Vaccination returns of the Province of Eastern Bengal and Assam - 1905-1912
Year: 1905
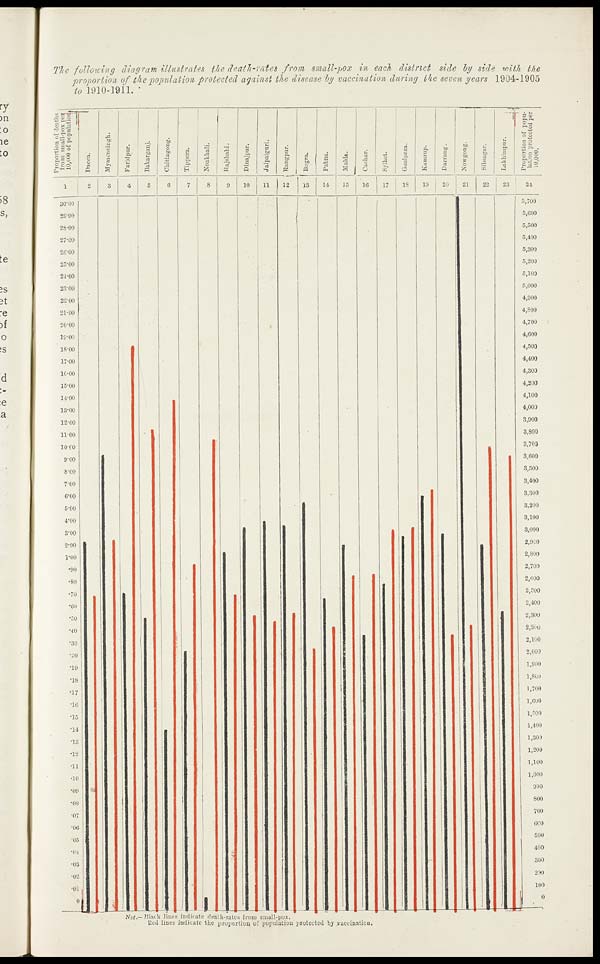
The following diagram illustrates the death-rates from small-pox in each district side by side with the
proportion of the population protected against the disease by vaccination during the seven years 1904-1905
to 1910-1911.
Not.— Black lines indicate death-rates from small-pox.
Red lines indicate the proportion of population protected by vaccination.